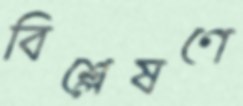
বিশ্লেষণে